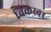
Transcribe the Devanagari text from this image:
विकस्वर